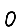
Digit: 0